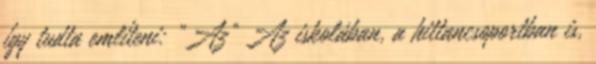
így tudta említeni: „Az” Az iskolában, a hittancsoportban is,